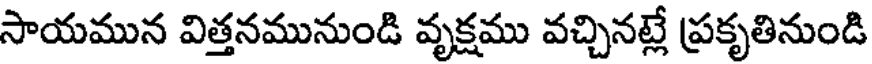
సాయమున విత్తనమునుండి వృక్షము వచ్చినట్లే ప్రకృతినుండి